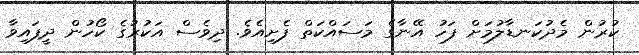
ކުރުން މެދުކަނޑާލުމަށް ފަހު އޭނާގެ މަސައްކަތް ފެށިއެވެ. ދިވެސް އަކުރުގެ ކޯހުން ދީފައިވާ